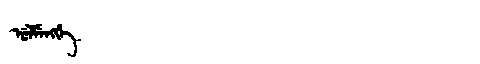
Manchu: ᡠᠯᠮᡝᠩᡤᡝ
Romanization: ULMENGGE